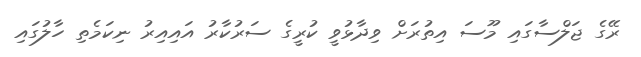
ރޭގެ ޖަލްސާގައި މޫސަ އިތުރަށް ވިދާޅުވީ ކުރީގެ ސަރުކާރު އައިއިރު ނިކަމެތި ހާލުގައި